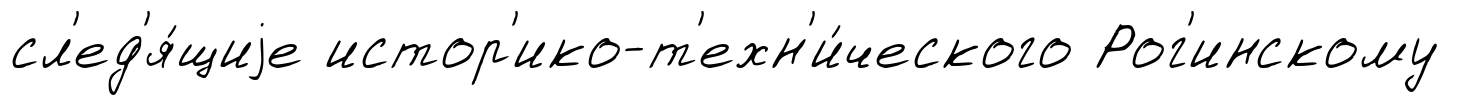
сл'ед'я́щиjе истор'ико-т'ехн'и́ческого Рог'инскому